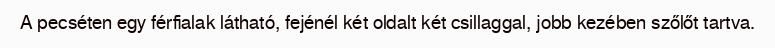
A pecséten egy férfialak látható, fejénél két oldalt két csillaggal, jobb kezében szőlőt tartva.